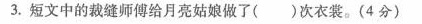
①二 ②三 ③四